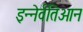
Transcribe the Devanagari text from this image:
इन्नेर्वतिओन